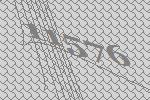
11576